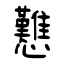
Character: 戁